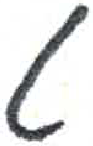
אות: ט